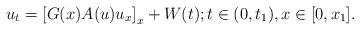
LaTeX: \begin{align*}u_t=\left[G(x)A(u)u_x\right]_x+W(t);t\in(0,t_1),x\in [0,x_1].\end{align*}